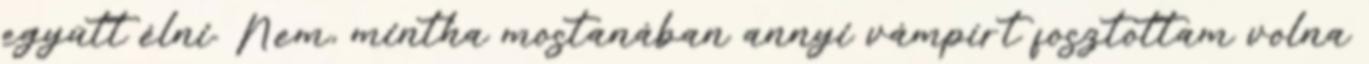
együtt élni. Nem, mintha mostanában annyi vámpírt fosztottam volna